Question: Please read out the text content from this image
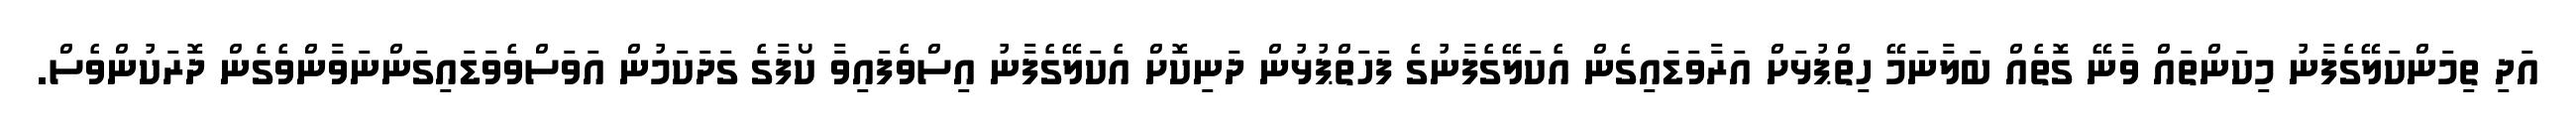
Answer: އަދި ތިމަންކަލޭގެފާނު މިކަންތައް ވާނޭ ގޮތެއް ބަލާނަމޭ ހިތްޕުޅަށް އަރާވަޑައިގެން އެކަލޭގެފާނުގެ ފަހަތްޕުޅުން ދަނިކޮށް އެކަލޭގެފާނު އިސްވެފައިވާ ކޯފާގެ ގަދަކަމުން އަވަސްވެވަޑައިގަންނަވާންވެގެން ދޮރަކުންވެސް.